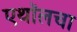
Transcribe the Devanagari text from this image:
एथॉलचा